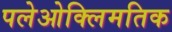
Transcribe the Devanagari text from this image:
पलेओक्लिमतिक